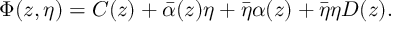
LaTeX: \Phi ( z , \eta ) = C ( z ) + \bar { \alpha } ( z ) \eta + \bar { \eta } \alpha ( z ) + \bar { \eta } \eta D ( z ) .